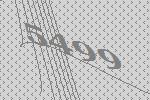
5499